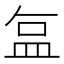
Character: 𬐚